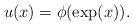
LaTeX: \begin{align*}u(x)=\phi(\exp(x)).\end{align*}